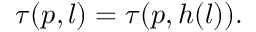
\tau ( p , l ) = \tau ( p , h ( l ) ) .